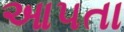
આ૫તા